画像に写った文字を読んでください
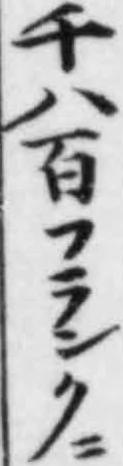
「千八百フランク」と書いてあります